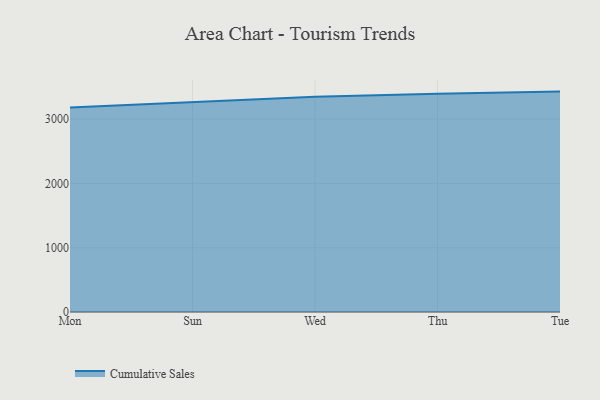
{"axis": {"x": "Day", "y": "Bounce Rate (%)"}, "legend": ["Cumulative Sales"], "data": [{"x": "Mon", "y": 3177.6, "type": "Cumulative Sales"}, {"x": "Sun", "y": 3258.5, "type": "Cumulative Sales"}, {"x": "Wed", "y": 3347.6, "type": "Cumulative Sales"}, {"x": "Thu", "y": 3394.0, "type": "Cumulative Sales"}, {"x": "Tue", "y": 3425.9, "type": "Cumulative Sales"}]}